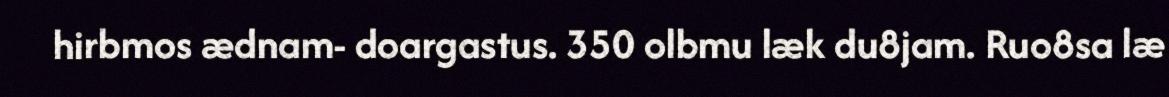
hirbmos ædnam- doargastus. 350 olbmu læk du8jam. Ruo8sa læ